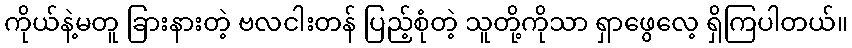
ကိုယ်နဲ့မတူ ခြားနားတဲ့ ဗလငါးတန် ပြည့်စုံတဲ့ သူတို့ကိုသာ ရှာဖွေလေ့ ရှိကြပါတယ်။